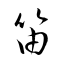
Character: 笛